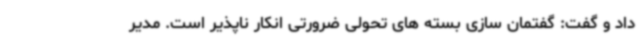
داد و گفت: گفتمان سازی بسته های تحولی ضرورتی انکار ناپذیر است. مدیر